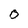
Character: 0